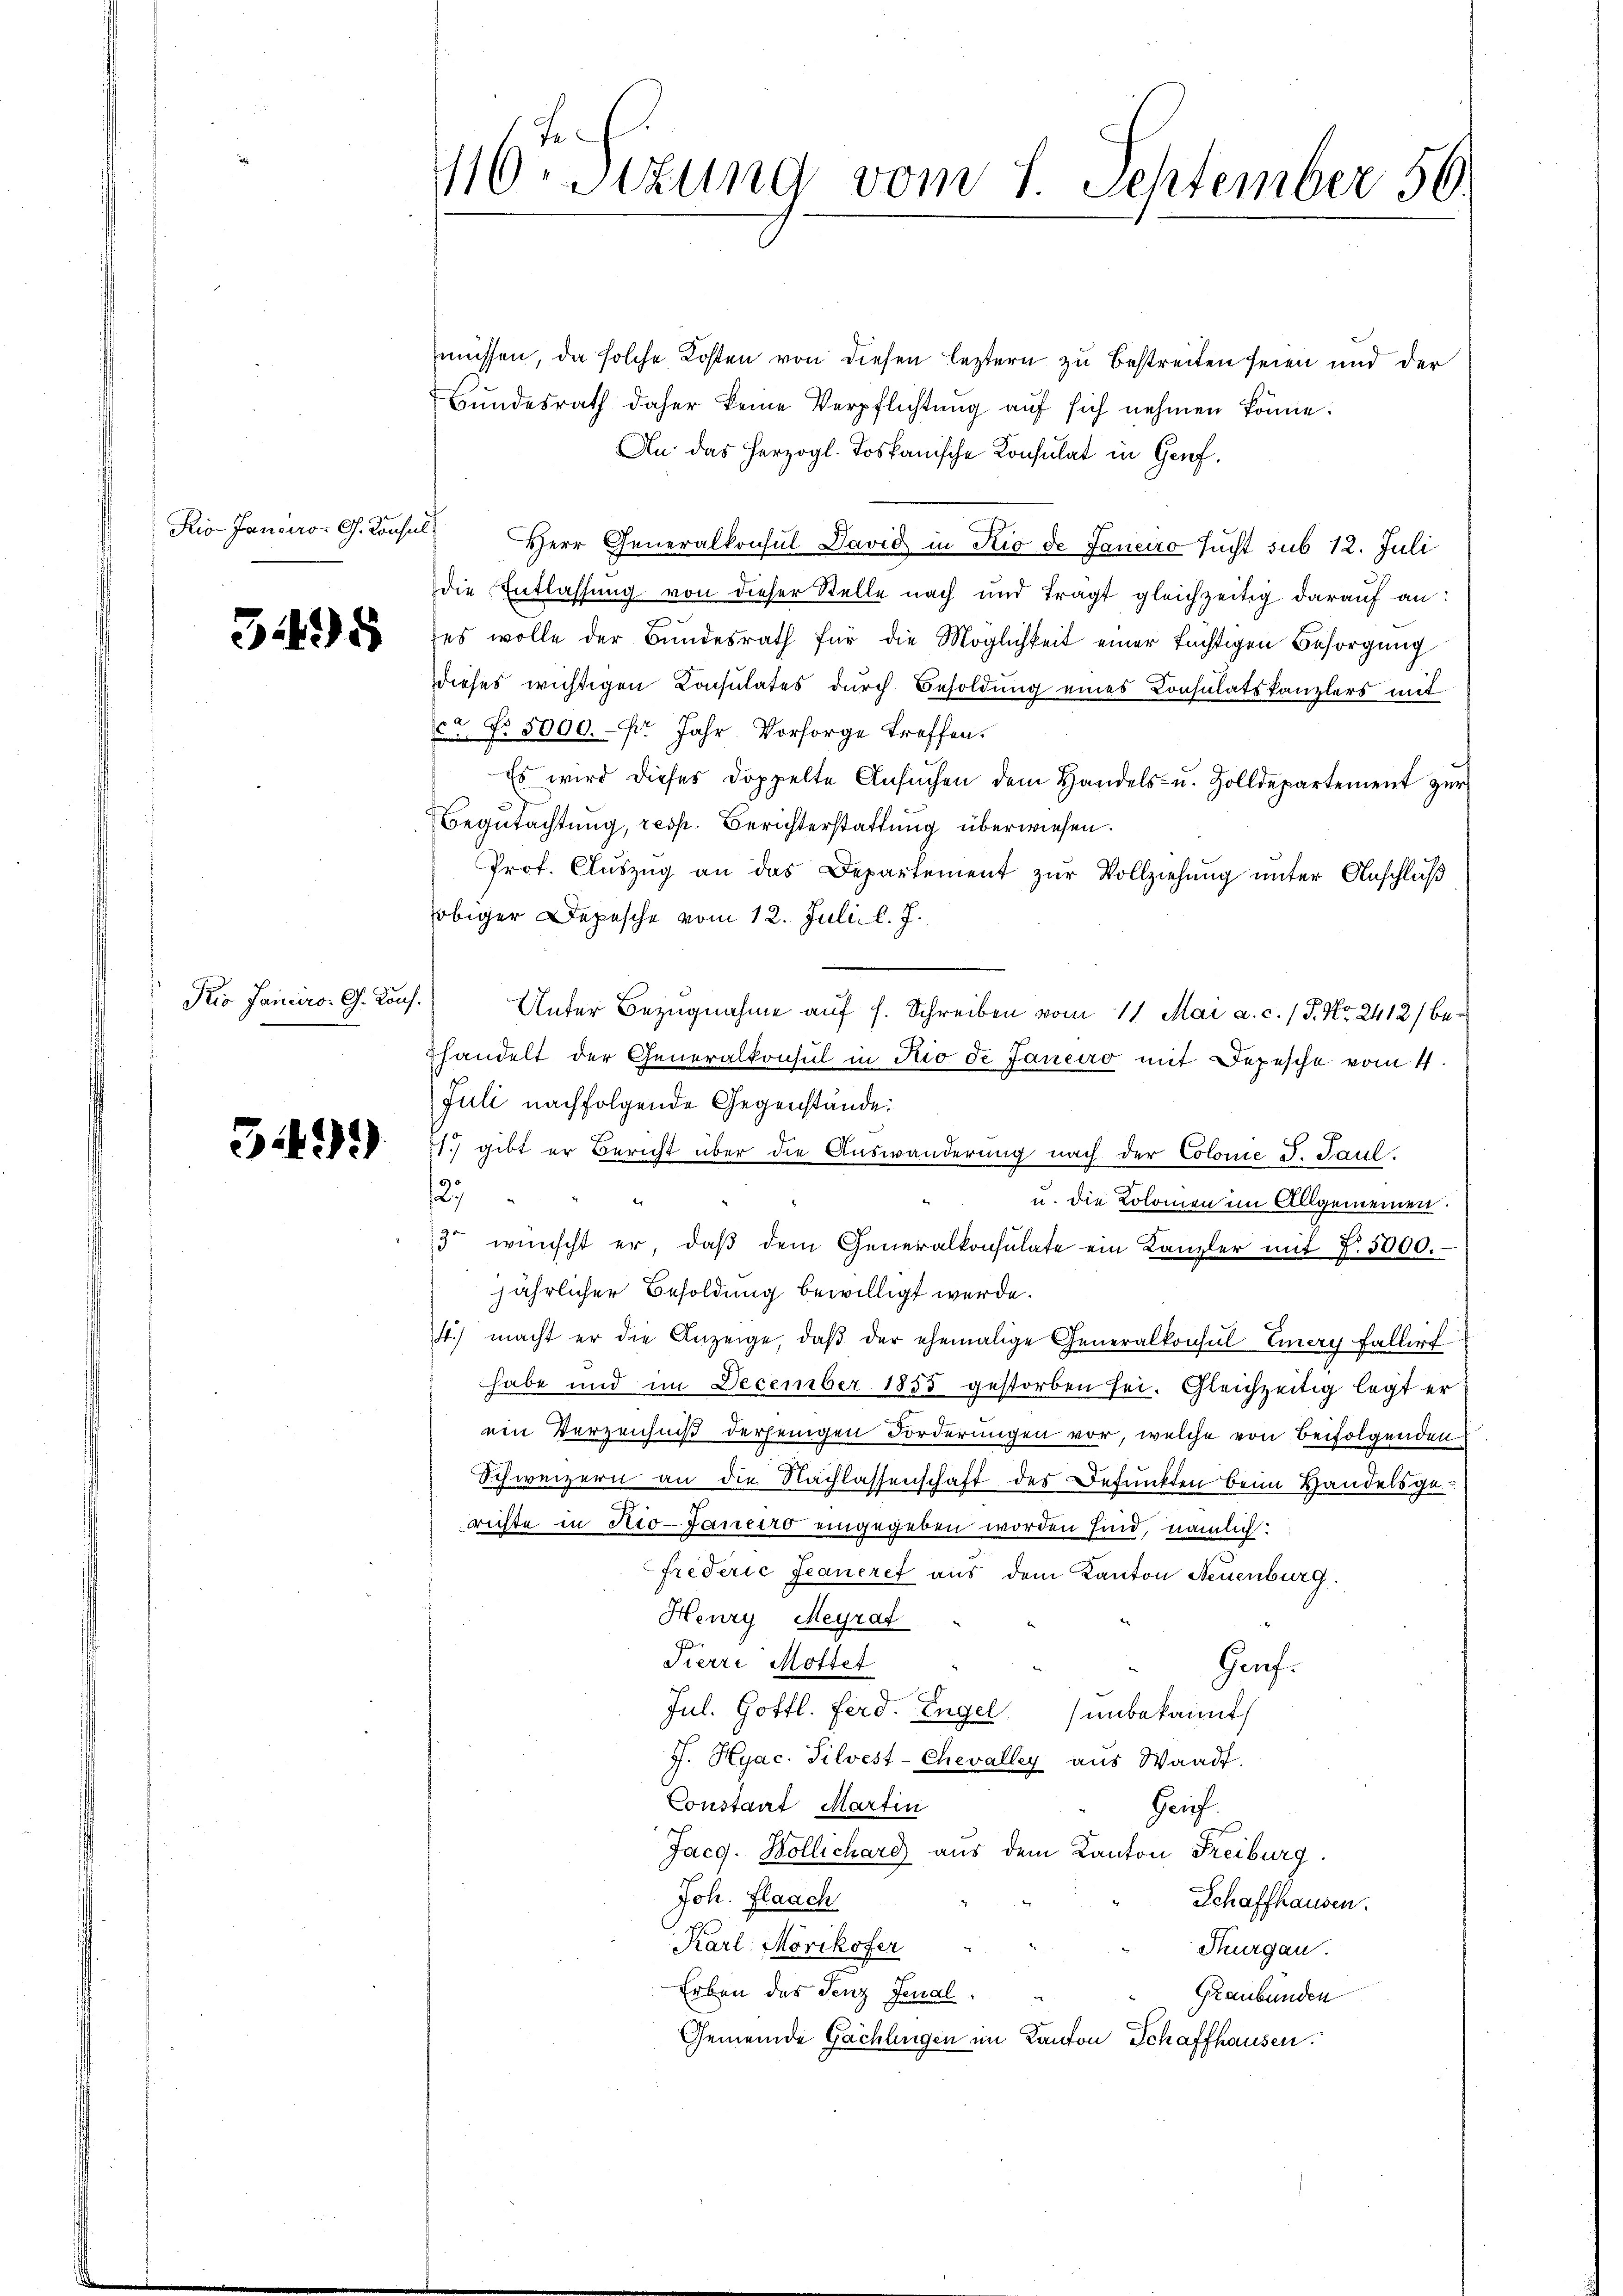
Rio. Janaro, G. Konsul

3495

Kio Janeiro G. Kons.

349)

s
116. Sitzung vom 7. September 56.

müssen, da solche Kosten von diesen leztern zu bestreiten seien und der
Bundesrath daher keine Verpflichtung auf sich nehmen könne.
An das herzogl. Toskanische Konsulat in Genf,
Herr Generalkonsul David in Kio de Janeiro sucht sub 12. Juli
die Entlassung von dieser Stelle nach und tragt gleichzeitig darauf an:
es wolle der Bundesrath für die Möglichkeit einer tüchtigen Besorgung
dieses wichtigen Consulates durch Besoldung eines Consulatskanzlers mit
ec. No. 5000. Fr. Jahr Vorsorge treffen.
Es wird dieses doppelte Ansuchen dem Handels- u. Zolldepartement zur
Begutachtung, resp. Berichterstattung überwiesen.
Prof. Auszug an das Departement zur Vollziehung unter Anschluß
obiger Depesche vom 12. Juli l. J.
Unter Bezugnahme auf s. Schreiben vom 11. Mai a. c. / P. Nr. 2412/ befhandelt der Generalkonsul in Rio de Janeiro mit Depesche vom 4.
Juli nachfolgende Gegenstände:
71) gibt er Bericht über die Auswanderung nach der Colome S. Paul.

u. die Kolomen im Allgemeinen.
3 wünscht er, daβ dem Generalkonsulate ein Kanzler mit Z. 5000.
jährlicher Besoldung bewilligt werde.
4.) macht er die Anzeige, daβ der ehemalige Generalkonsul Einery Fallirt
habe und im December 1853 gestorben sei. Gleichzeitig legt er
ein Verzeichniß derjenigen Forderungen vor, welche von beifolgenden
Schweizern an die Nachlassenschaft des Befunkten beim Handelsgee
richte in Rio-Janeiro eingegeben worden sind, nämlich:
Frederić Jeanere aus dem Kanton Neuenburg.
Henry Meyrat
Fierre Mottet
Gauf¬
Jul. Gottl. Ferd. Engel unbekannt
J. Hyac. Silvest-Chevalley aus Waadt.
Constaat Martin
Hauf.
Jacg. Kollichard aus dem Kanton Freiburg.
Joh. Flaach
Schaffhausen.
Karl Mörikofer
Thurgau.
Erben des Fenz Jenal¬
Graubünden
Gemeinde Gächlingen im Kanton Schaffhausen.